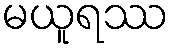
မယူရဿ